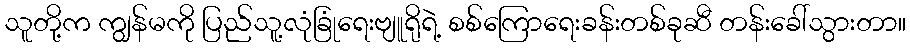
သူတို့က ကျွန်မကို ပြည်သူ့လုံခြုံရေးဗျူရိုရဲ့ စစ်ကြောရေးခန်းတစ်ခုဆီ တန်းခေါ်သွားတာ။